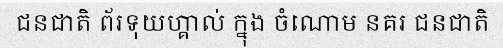
ជនជាតិ ព័រទុយហ្គាល់ ក្នុង ចំណោម នគរ ជនជាតិ